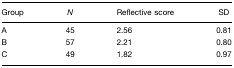
| Group | N | Reflective score | SD |
 | --- | --- | --- | --- |
 | A | 45 | 2.56 | 0.81 |
 | B | 57 | 2.21 | 0.80 |
 | C | 49 | 1.82 | 0.97 |